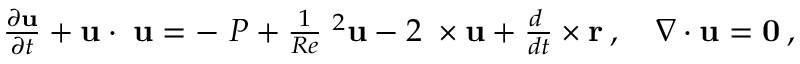
\begin{array} { r } { \frac { \partial { \bf { u } } } { \partial t } + { \bf { u } } \cdot { \bf { \nabla u } } = - { \bf { \nabla } } P + \frac { 1 } { R e } { \bf { \nabla } } ^ { 2 } { \bf { u } } - 2 { \bf { \Omega } } \times { \bf { u } } + \frac { d { \bf { \Omega } } } { d t } \times { \bf { r } } \: , \quad \nabla \cdot \bf { u } = 0 \: , } \end{array}